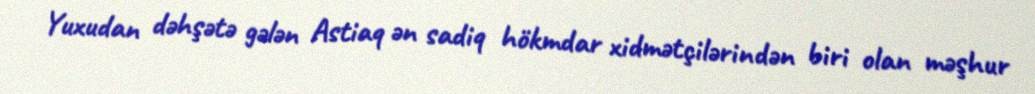
Yuxudan dəhşətə gələn Astiaq ən sadiq hökmdar xidmətçilərindən biri olan məşhur